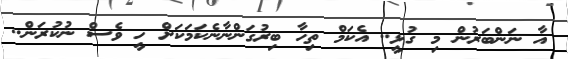
އާ ނަންބަރުން މި ގުޅީ.. އެކަމް ތިހާ ބިރުގަންނާނެކަމަކަށް ހީ ވެސް ނުކުރަން..